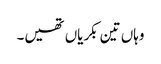
وہاں تین بکریاں تھیں۔